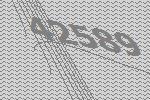
42589